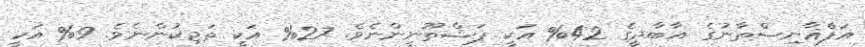
އަފްޣާނިސްތާނުގެ އާބާދީގެ 42% އަކީ ޕަޝްތޫނީންނެވެ. 27% އަކީ ތަޖިކުންނެވެ. 9% އަކީ